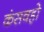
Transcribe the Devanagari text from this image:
कंसवहो